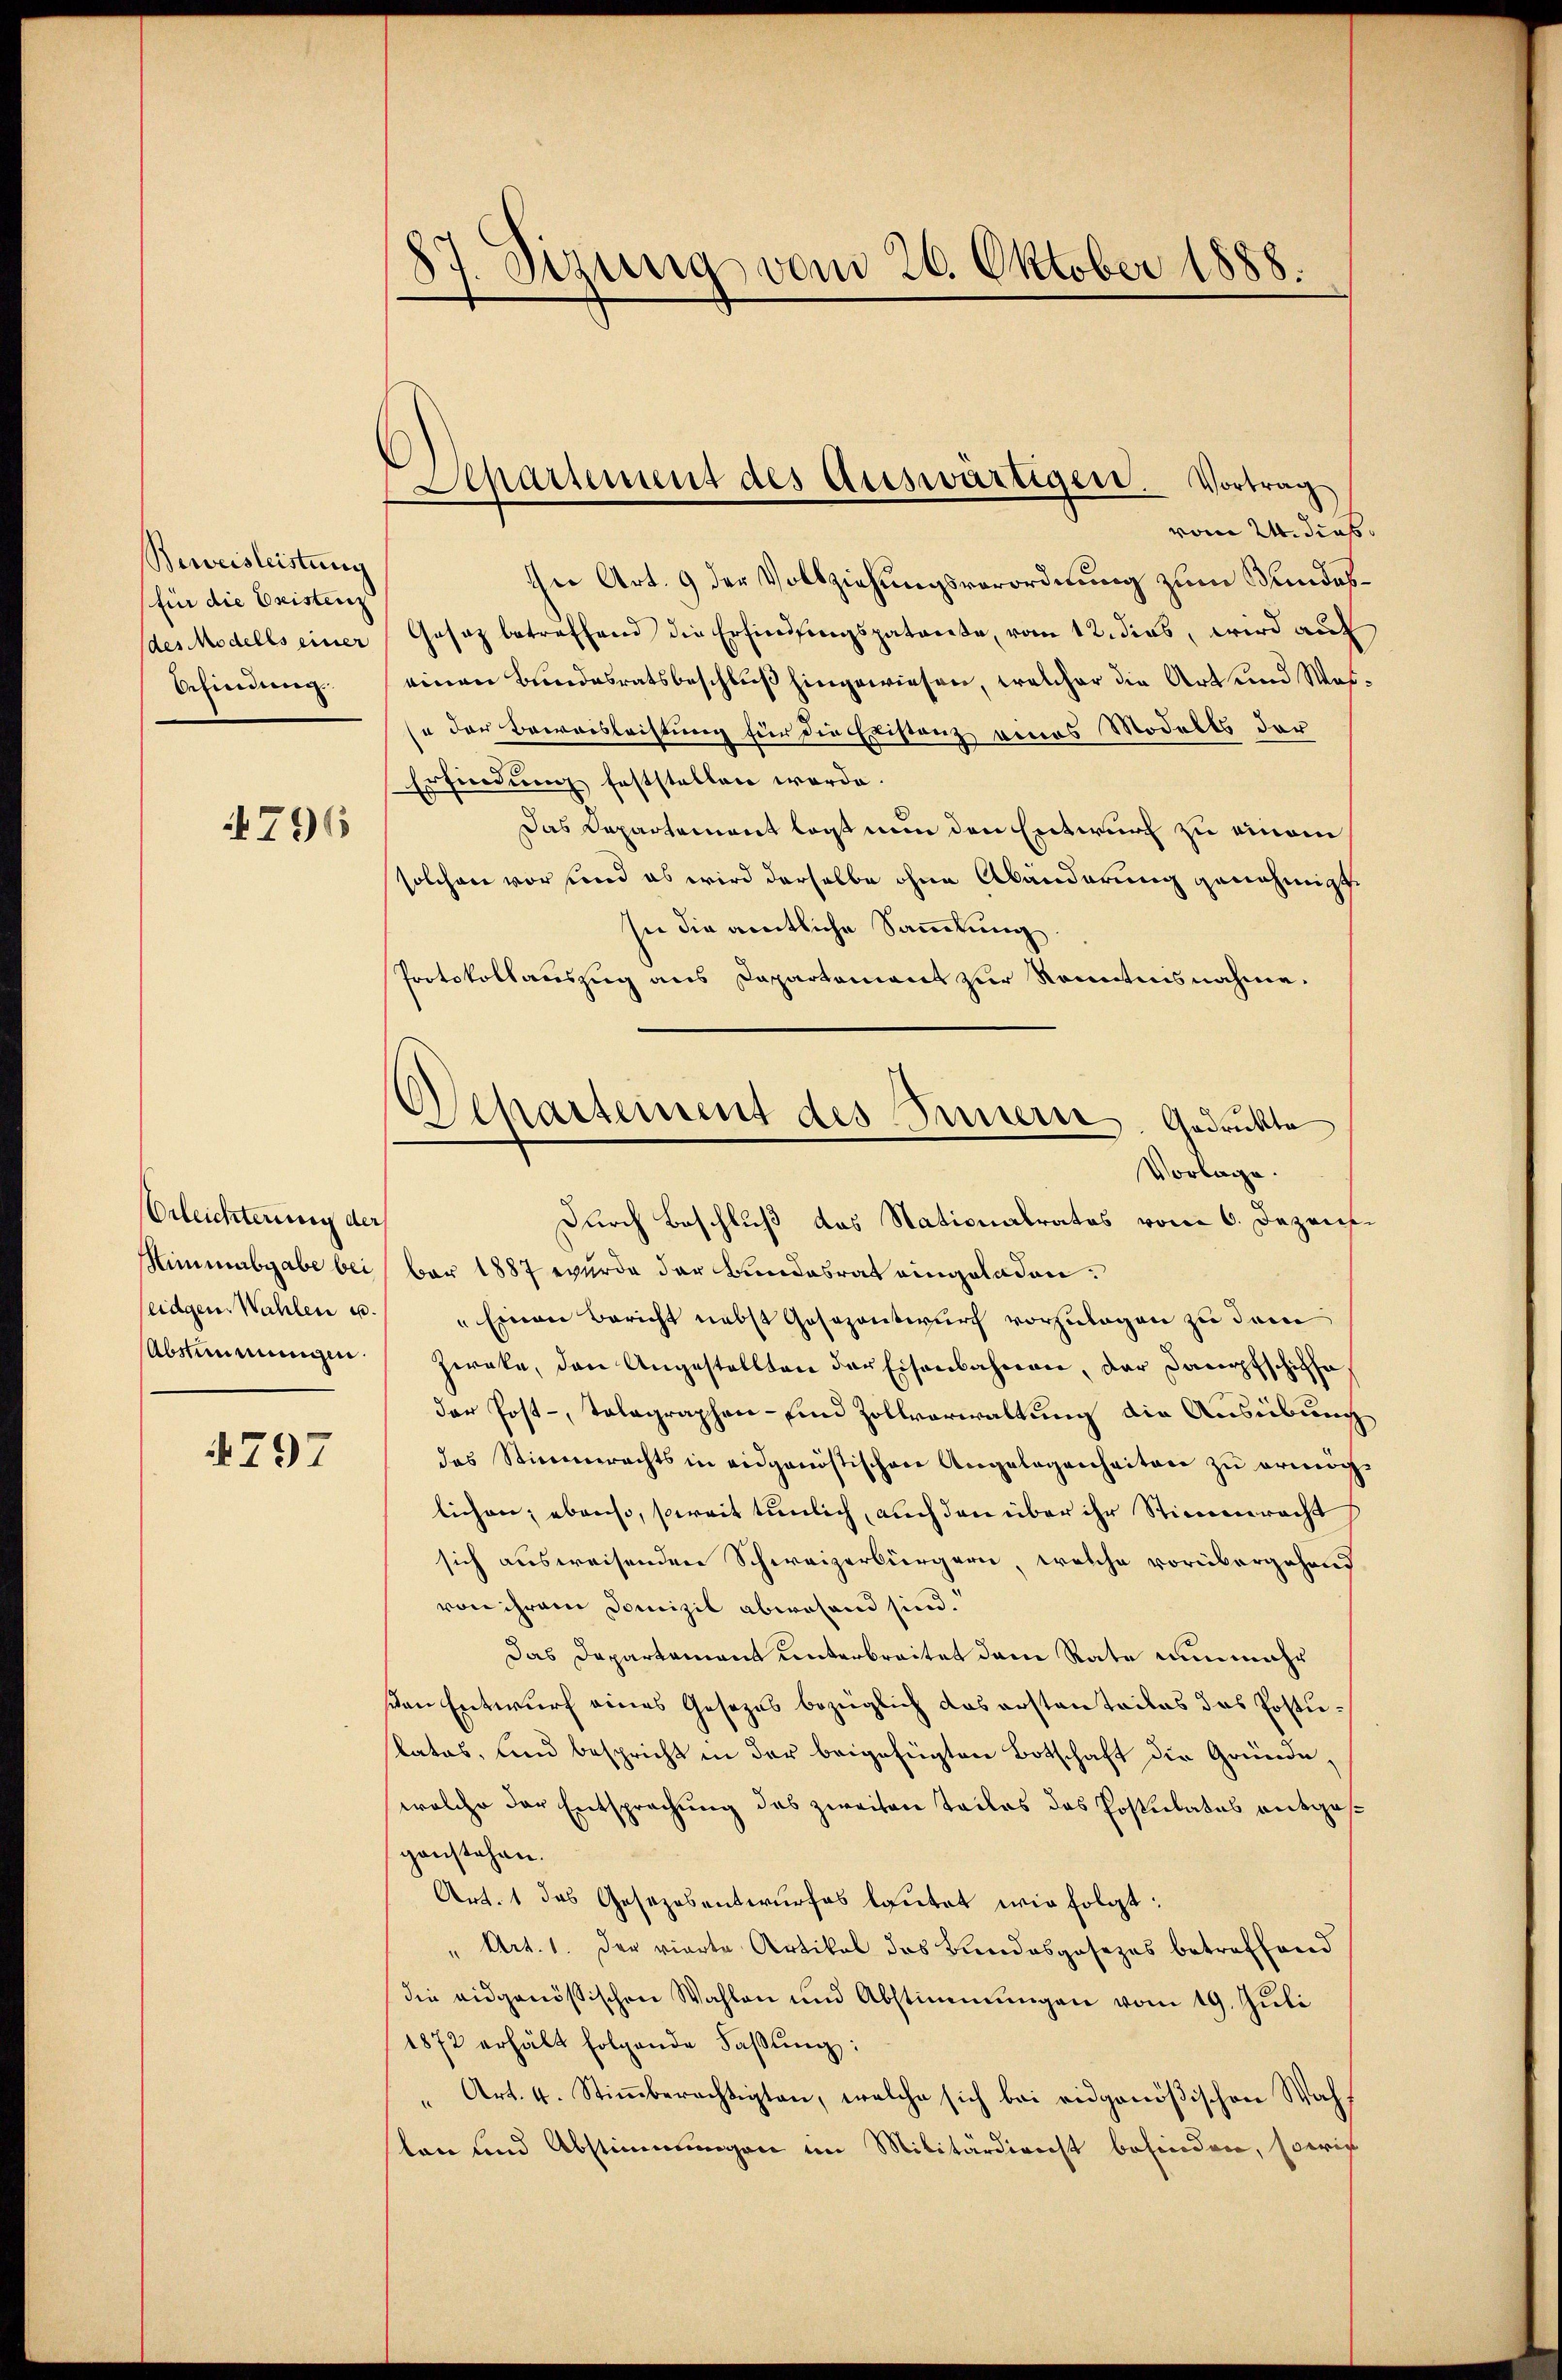
Beweisleistung
(für die Existenz
des Modells einer
behindung

4796

Orleichterung der
Himmabgabe bei
seidgen. Wahlen u
Abstimmungen

4797

87. Sizung vom 26. Oktober 1888.

Lepartement des Auswärtigen. Vortrag

Scharteinent des Innern. Gedruckte
Vorlage

vom 24. dies
ihne Art. 9 der Vollziehungsverordnung zum Bundes¬
Gosaz betreffend die Erfindungspatente, vom 12. dies, wird auf
einen Bundesratsbeschluß hingewiesen, welcher die Art und Wein der Beweisleistung für die Existanz eines Modells der
Erfindung feststellen werde.
Das Departement lag nun den Entwurf zu einem
solchen vor und es wird derselbe ohne Abänderung genehmigt
In die amtliche Sammlung
Protokollauszug aus Capartement zur Renntnisnahme.
Durch Beschluß das Nationalrates vom 6. Dezensbar 1887 wurde der Bundesrat eingeladen.
" Einen Bericht nebst Gesezentwurf vorzulegen zu dem
Zweke, den Angestellten der Eisenbahnen, der Jacopfschiffa
der Post- Tolographen- und Zollverwaltung die Ausübung
das Stimmrechts in eidgenössischere Angelegenheiten zŭ ermög
lichen; ebenso, soweit tunlich, auch den über ihr Stimmrechts
sich ausweisenden Schweizerbürgern, welche vorübergehend
von ihrem Domizil abwesend sind.
Das Dapartament unterbreitet dem Rate nunmehr
von Entwurf eines Gesezes bezüglich das erstenteiles das Postukatas, und bespricht in der beigefügten Botschaft die Gründe,
welche der Entsprechung das zweiten Tadlos das Postulates ausges
ganstehen.
Art. 1 das Gesezesentwurfes lautet wir folgt:
" Art. 1. Der vierte Artikal das Bundesgesezes betreffend
die eidgenössischen Wahlen und Abstimmungen vom 19. Juli
1872 erhält folgende Faβŭng:
Art. 4. Stiṁberechtigten, welche sich bei eidgenößischen Wahsten und Abstimmungen im Militärdienst befinden, sowie